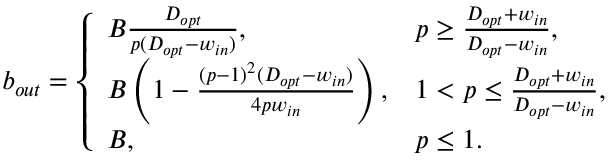
b _ { o u t } = \left\{ \begin{array} { l l } { B \frac { D _ { o p t } } { p ( D _ { o p t } - w _ { i n } ) } , } & { p \ge \frac { D _ { o p t } + w _ { i n } } { D _ { o p t } - w _ { i n } } , } \\ { B \left( 1 - \frac { ( p - 1 ) ^ { 2 } ( D _ { o p t } - w _ { i n } ) } { 4 p w _ { i n } } \right) , } & { 1 < p \le \frac { D _ { o p t } + w _ { i n } } { D _ { o p t } - w _ { i n } } , } \\ { B , } & { p \le 1 . } \end{array} \right.